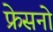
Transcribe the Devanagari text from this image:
फ्रेसनो